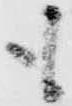
も